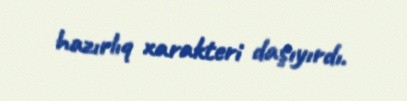
hazırlıq xarakteri daşıyırdı.